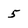
Character: 5